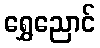
ရွှေညောင်